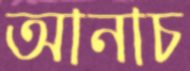
আনাচ